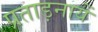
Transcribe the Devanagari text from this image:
प्रताड़नायें